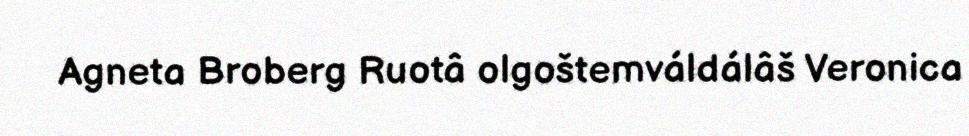
Agneta Broberg Ruotâ olgoštemváldálâš Veronica